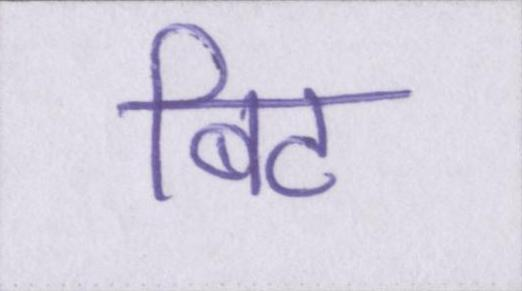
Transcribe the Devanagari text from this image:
बिट